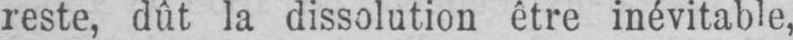
reste, dût la dissolution être inévitable,